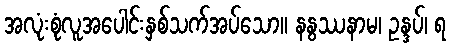
အလုံးစုံလူအပေါင်းနှစ်သက်အပ်သော။ နနွဿနာမ၊ ဥန္ဒပ်၊ ရ